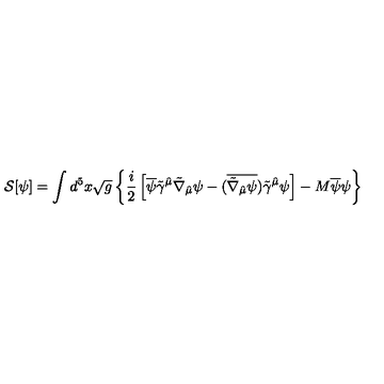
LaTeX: { \cal S } [ \psi ] = \int d ^ { 5 } x \sqrt { g } \left\{ \frac { i } { 2 } \left[ \overline { { \psi } } \tilde { \gamma } ^ { \hat { \mu } } \tilde { \nabla } _ { \hat { \mu } } \psi - ( \overline { { \tilde { \nabla } _ { \hat { \mu } } \psi } } ) \tilde { \gamma } ^ { \hat { \mu } } \psi \right] - M \overline { { \psi } } \psi \right\}